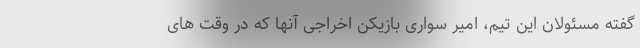
گفته مسئولان این تیم، امیر سواری بازیکن اخراجی آنها که در وقت های